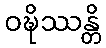
ဝဍ္ဎိဿန္တိ